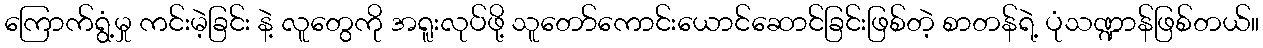
ကြောက်ရွံ့မှု ကင်းမဲ့ခြင်း နဲ့ လူတွေကို အရူးလုပ်ဖို့ သူတော်ကောင်းယောင်ဆောင်ခြင်းဖြစ်တဲ့ စာတန်ရဲ့ ပုံသဏ္ဍာန်ဖြစ်တယ်။